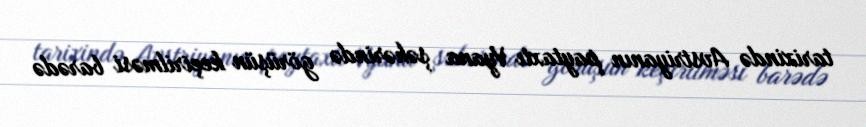
tarixində Avstriyanın paytaxtı Vyana şəhərində görüşün keçirilməsi barədə